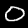
Label: 0